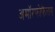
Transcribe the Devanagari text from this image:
अमॉरफोफैलस